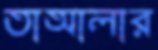
তাআলার